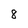
Character: 8